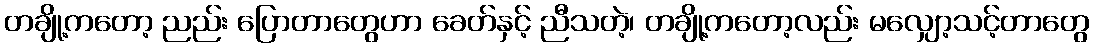
တချို့ကတော့ ညည်း ပြောတာတွေဟာ ခေတ်နှင့် ညီသတဲ့၊ တချို့ကတော့လည်း မလျှော့သင့်တာတွေ